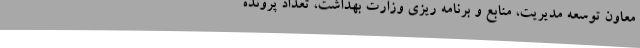
معاون توسعه مدیریت، منابع و برنامه ریزی وزارت بهداشت، تعداد پرونده